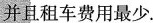
并且租车费用最少.